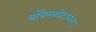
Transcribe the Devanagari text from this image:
बाँबस्फोटानंतर